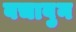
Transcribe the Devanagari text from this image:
बचावुन